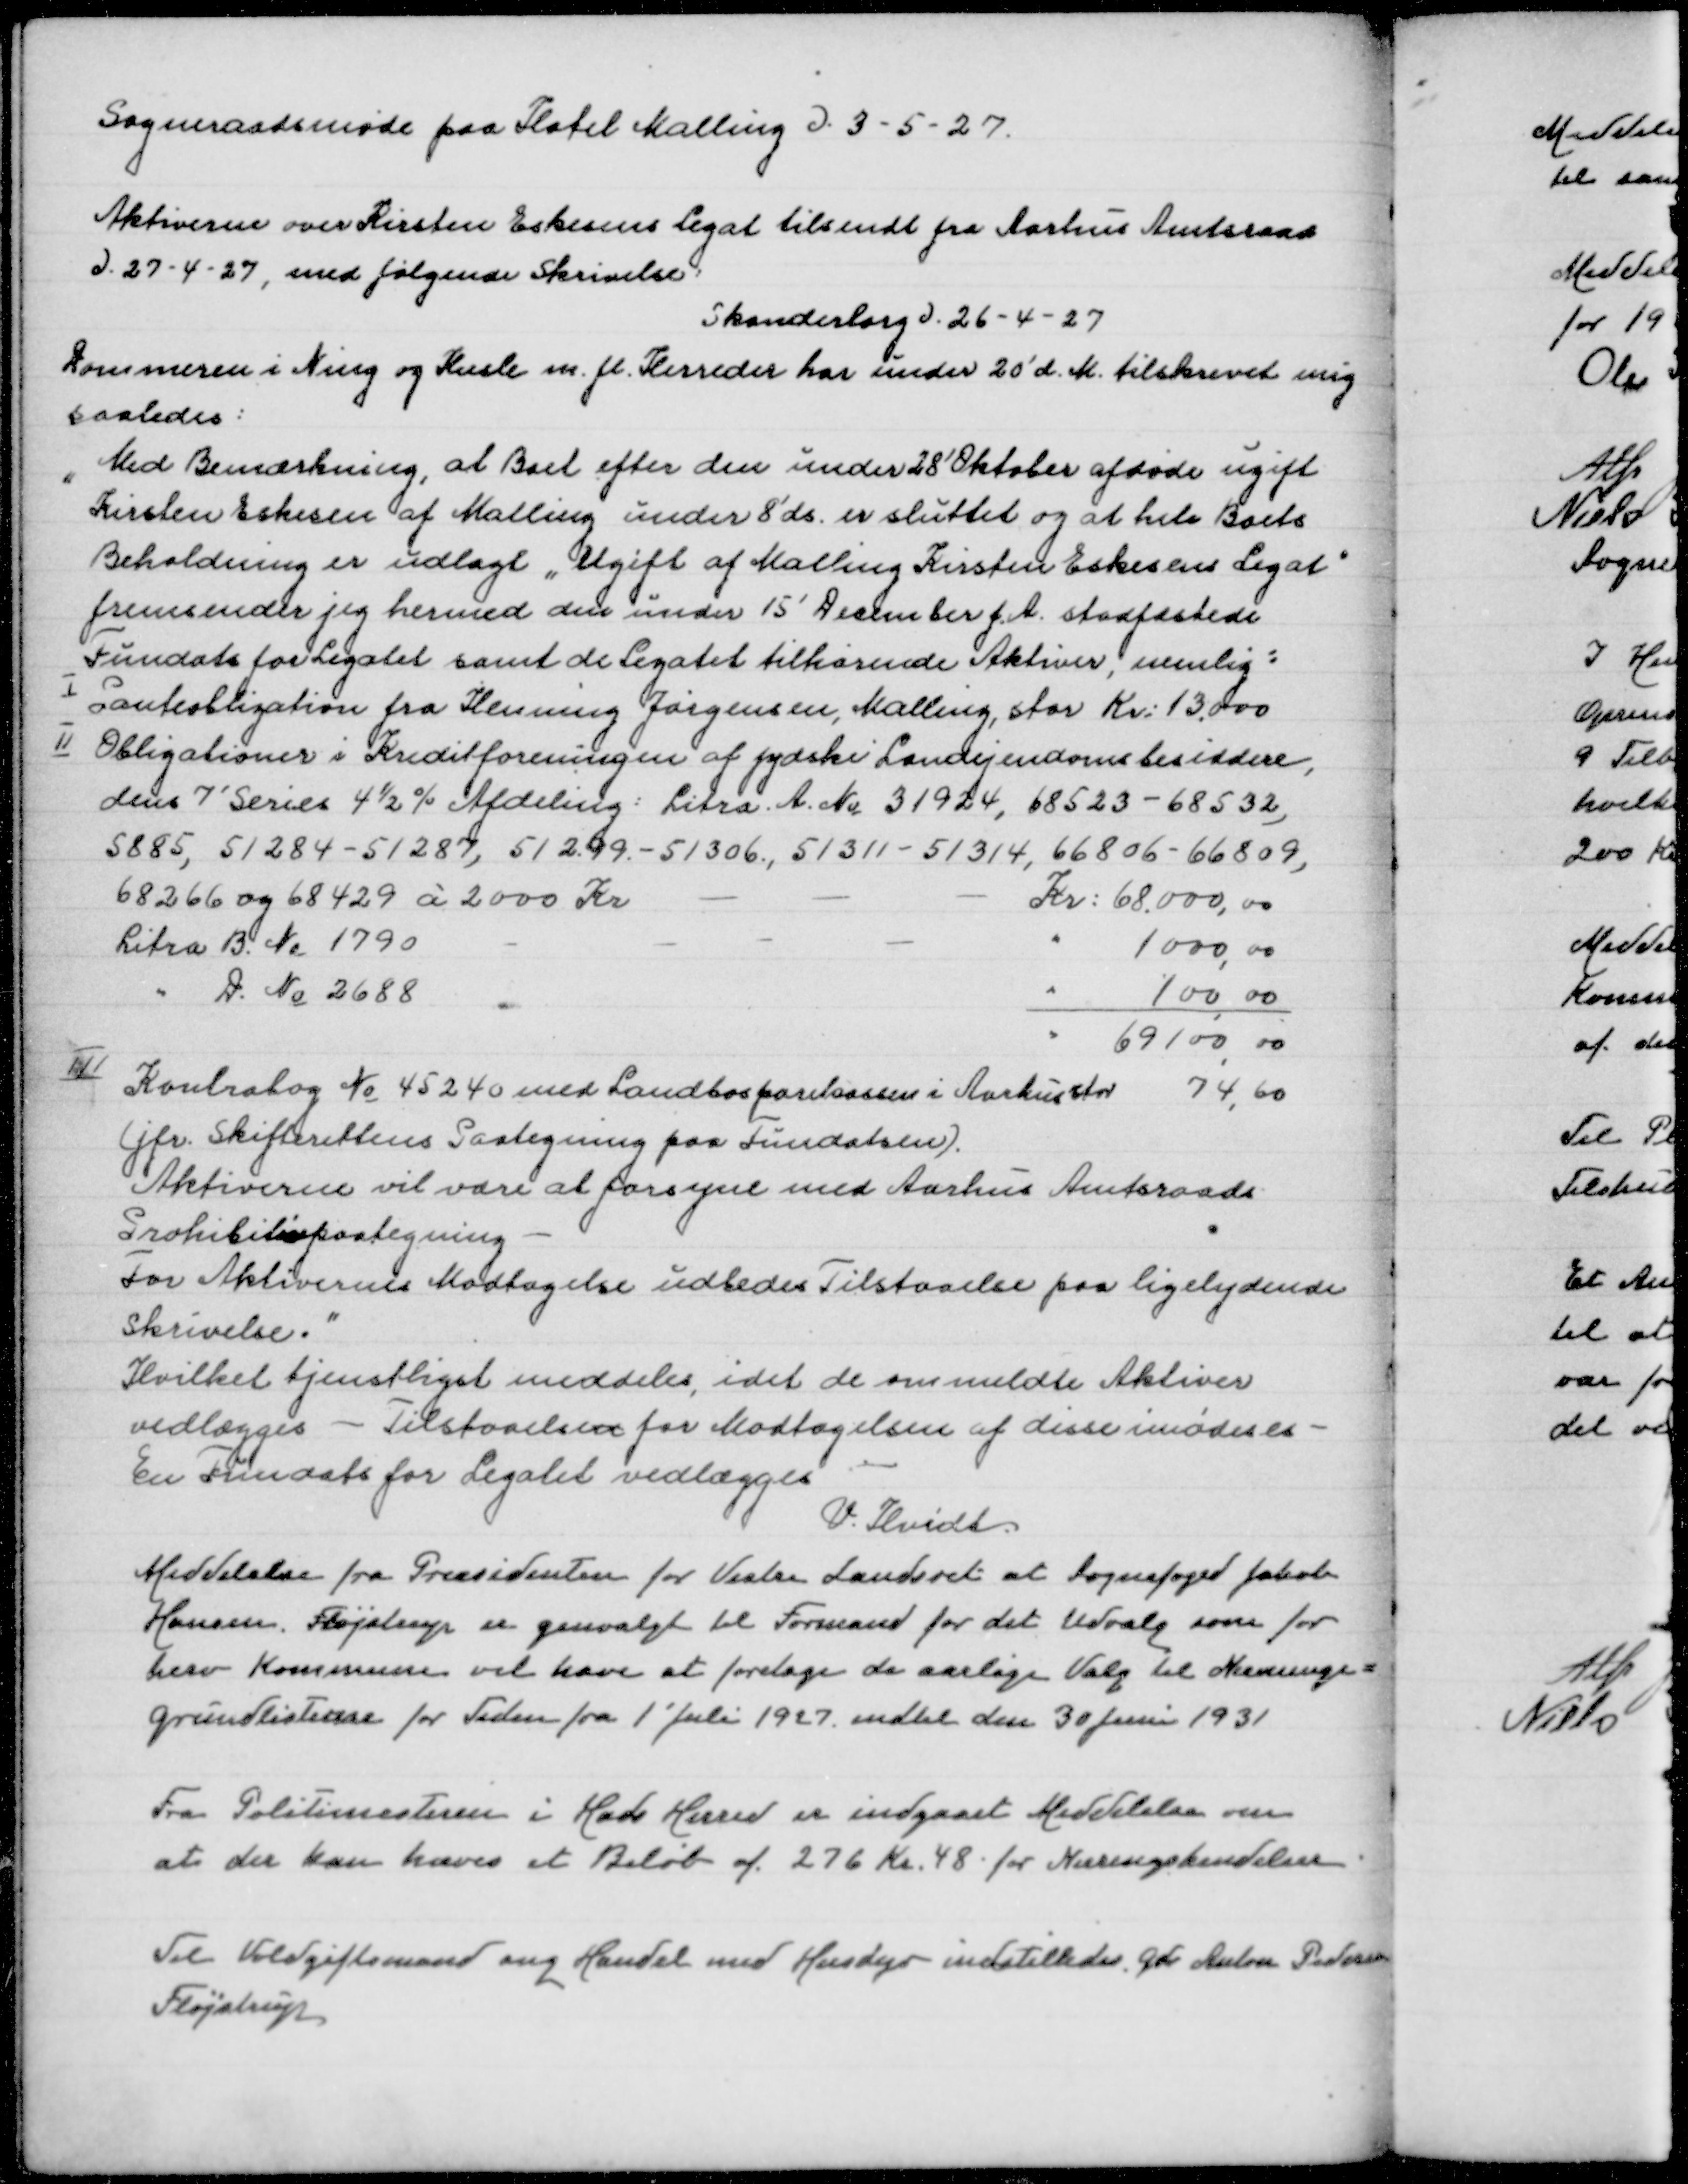
Transskription:
Sogneraadsmøde paa Hotel Malling d 3-5-27

Aktiverne over Kirsten Eskesens Legat tilsendt fra Aarhus Amtsraad
d 27-4-27, medfølgende Skrivelse
Skanderborg 26-4-27
Dommeren i Ning og Hasle m. fl. Herreder har under 26' d.M. tilskrevet mig
saaledes:
"Med Bemærkning, at Boet efter den under 28' Oktober afdøde ugift
Kirsten Eskesen af Malling under 8' ds er sluttet og at hele Boets
Beholdning er udlagt "Ugift af Malling Kirsten Eskesens Legat"
fremsender jeg hermed den under 15' December f.A. stadfæstede
Fundats for Legatet samt de Legatet tilhørende Aktiver, nemlig:
I Panteobligation fra Henning Jørgensen, Malling, stor Kr 13000
II Obligationer i Kreditforeningen af jyske Landejendomsbesiddere,
dens 7' Series 4½% Afdeling Litra A No 31924, 68523-68532,
5885, 51287, 51299-51306, 51311-51314, 66806-66809,
68266 og 68429 a 2000 Kr
Kr 68000,00
Litra B No 1790
" 1000,00
" D Nr 2688
" 100,00
" 69100,00
III
Kontrabog No 45240 med Landbosparekassen i Aarhus stor 74,60
(jfr. Skifterettens Paategning paa Fundatsen)
Aktiverne vil være at forsyne me Aarhus Amtsraads
Prohibitivpaategning
For Aktivernes Modtagelse udbedes Tilstaaelse paa ligelydende
Skrivelse"
Hvilket tjenstligt meddeles, idet de ommeldte Aktiver
vedlægges - Tilstaaelsen for Modtagelsen af disse imødeses
En Fundats for Legatet vedlægges
V. Ilvidt
Meddelelse fra Præsidenten for Vestre Landsret at Sognefoged Jacob
Hansen Fløjstrup er genvalgt til Formand for det Udvalg som for
herv Kommune vil have at foretage de aarlige Valg til Nævninge=
grundlisterne for Tiden fra 1' Juli 1927 indtil den 30 Juni 1931
Fra Politimesteren i Hads Herred er indgaaet Medddelelse om
at der kan hæves et Beløb af 276 Kr 48 for Næringskendelser
Til Voldgiftsmand ang Handel med Husdyr indstilledes
Fløjstrup